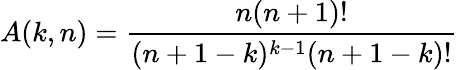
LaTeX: A(k,n)=\frac{n(n+1)!}{(n+1-k)^{k-1}(n+1-k)!}